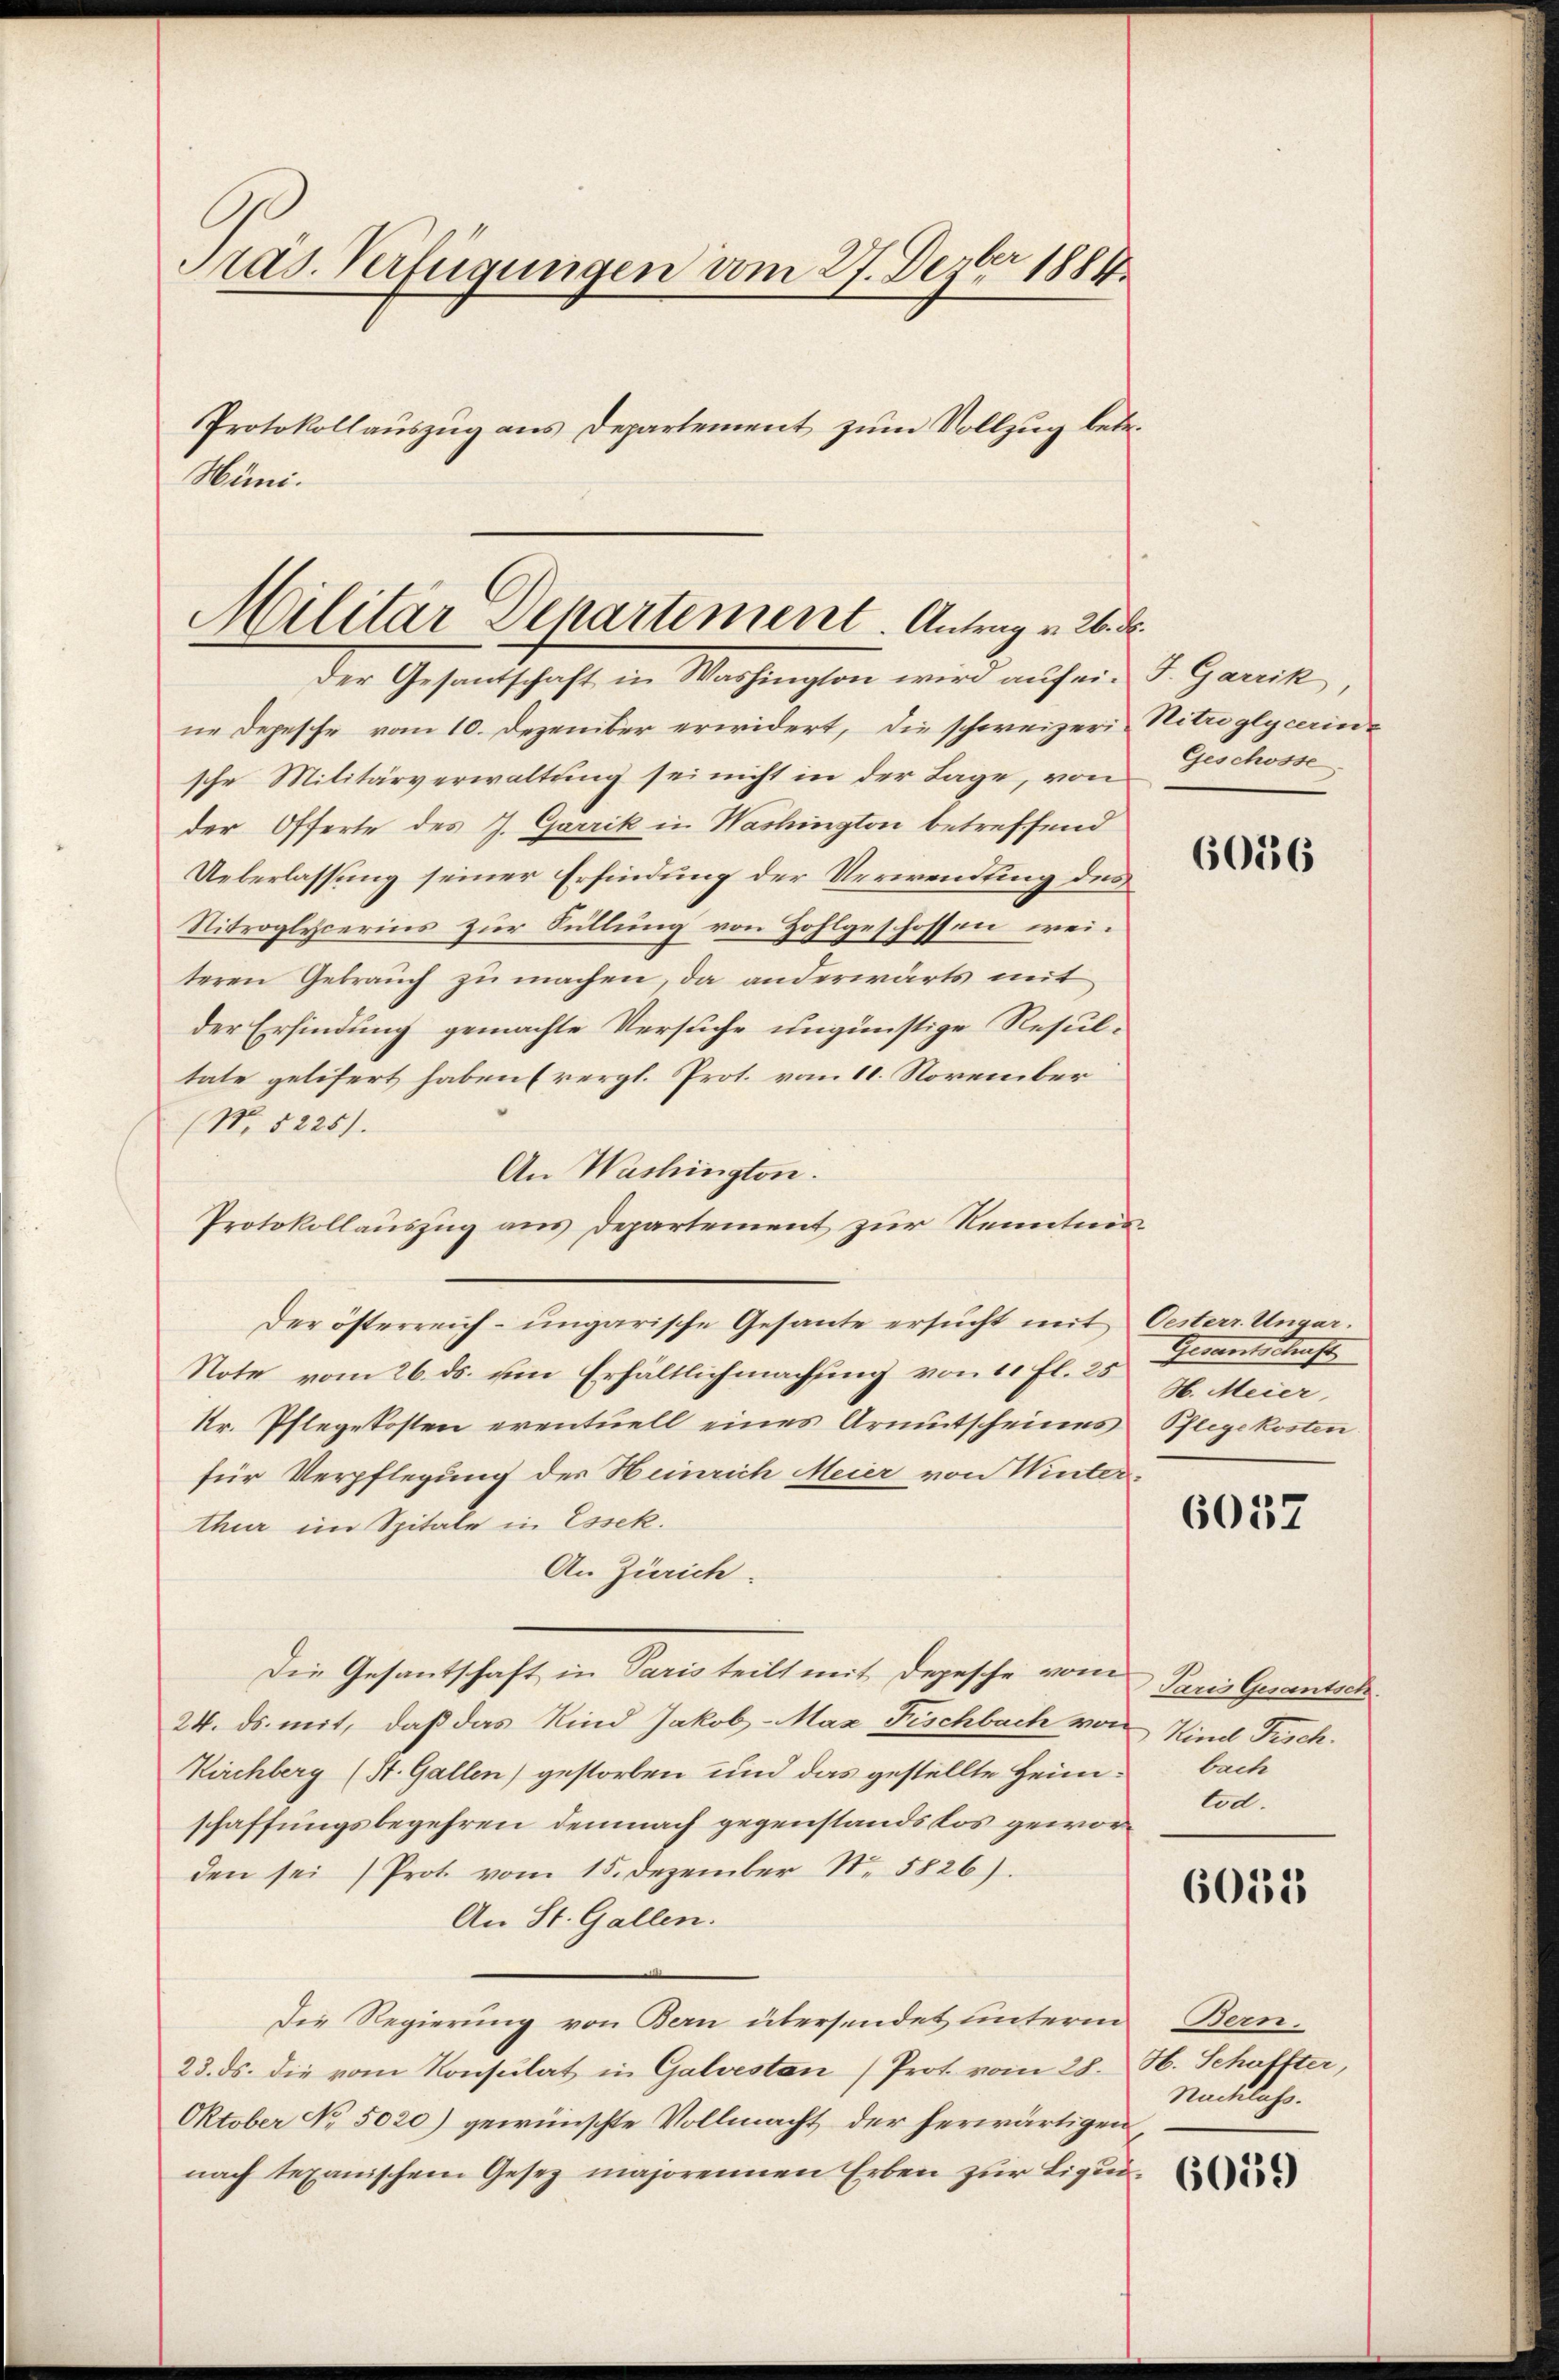
Pras. Verfügungen vom 27. Dezbr 1884.
Protokollauszug aus Departement zum Vollzug betr.
Hüni¬

Militar Departement. Antrag v. 26. d.
Der Gesantschaft in Washington wird auf ein S. Garrik

ne Depesche vom 10. Dezember erwidert, die schweizeri, Nitzglycerinsche Militärverwaltung sei nicht in der Lage, von
der Offerte des J. Garrik in Washington betreffend
Ueberlassung seiner Erfindung der Verwendung des
Nitroglycerins zur Füllung von Zohlgeschossen weiteren Gebrauch zu machen, da anderwärts mit
der Erfindung gemachte Versuche ungünstige Resul-
tate gelifert haben (vergl. Prot. vom 11. November
(N. 5225).
An Washington.
Protokollauszug aus Departement zur Kenntnis¬
Der österreich- ungarische Gesante ersucht mit Oesterr. Ungar.
Note vom 26. ds. um Erhältlichmachung von 10 fl. 25
kr. Pflegekosten eventuell eines Armutscheines Pflegekosten
für Verpflegung des Heinrich Meier von Winterthur im Spitale in Essek.
An Zürich.
Die Gesantschaft in Paris teilt mit Depesche vom
24. ds. mit, daß das Kind Jakob - Max Fischbach von Kind Fisch.
Kirchberg (St. Gallen) gestorben und das gestellte Heimschaffungsbegehren demnach gegenstands los geworden sei (Prot vom 15. Dezember Nr. 5826).
An St. Gallen.
Die Regierung von Bern übersendet unterm Bern.
23. ds. die vom Konsulat in Galvestan (Prot vom 28. H. Schaftter,
Oktober No 5020) gewünschte Vollmacht der herwärtigen
nach tepanischem Gesez majorennen Erben zur Liqui¬

Geschosse

6056

Gerantschaft
H. Meier,

6037

Paris Gesantsch.
bach
tod.

6055

Nachlass.

6059